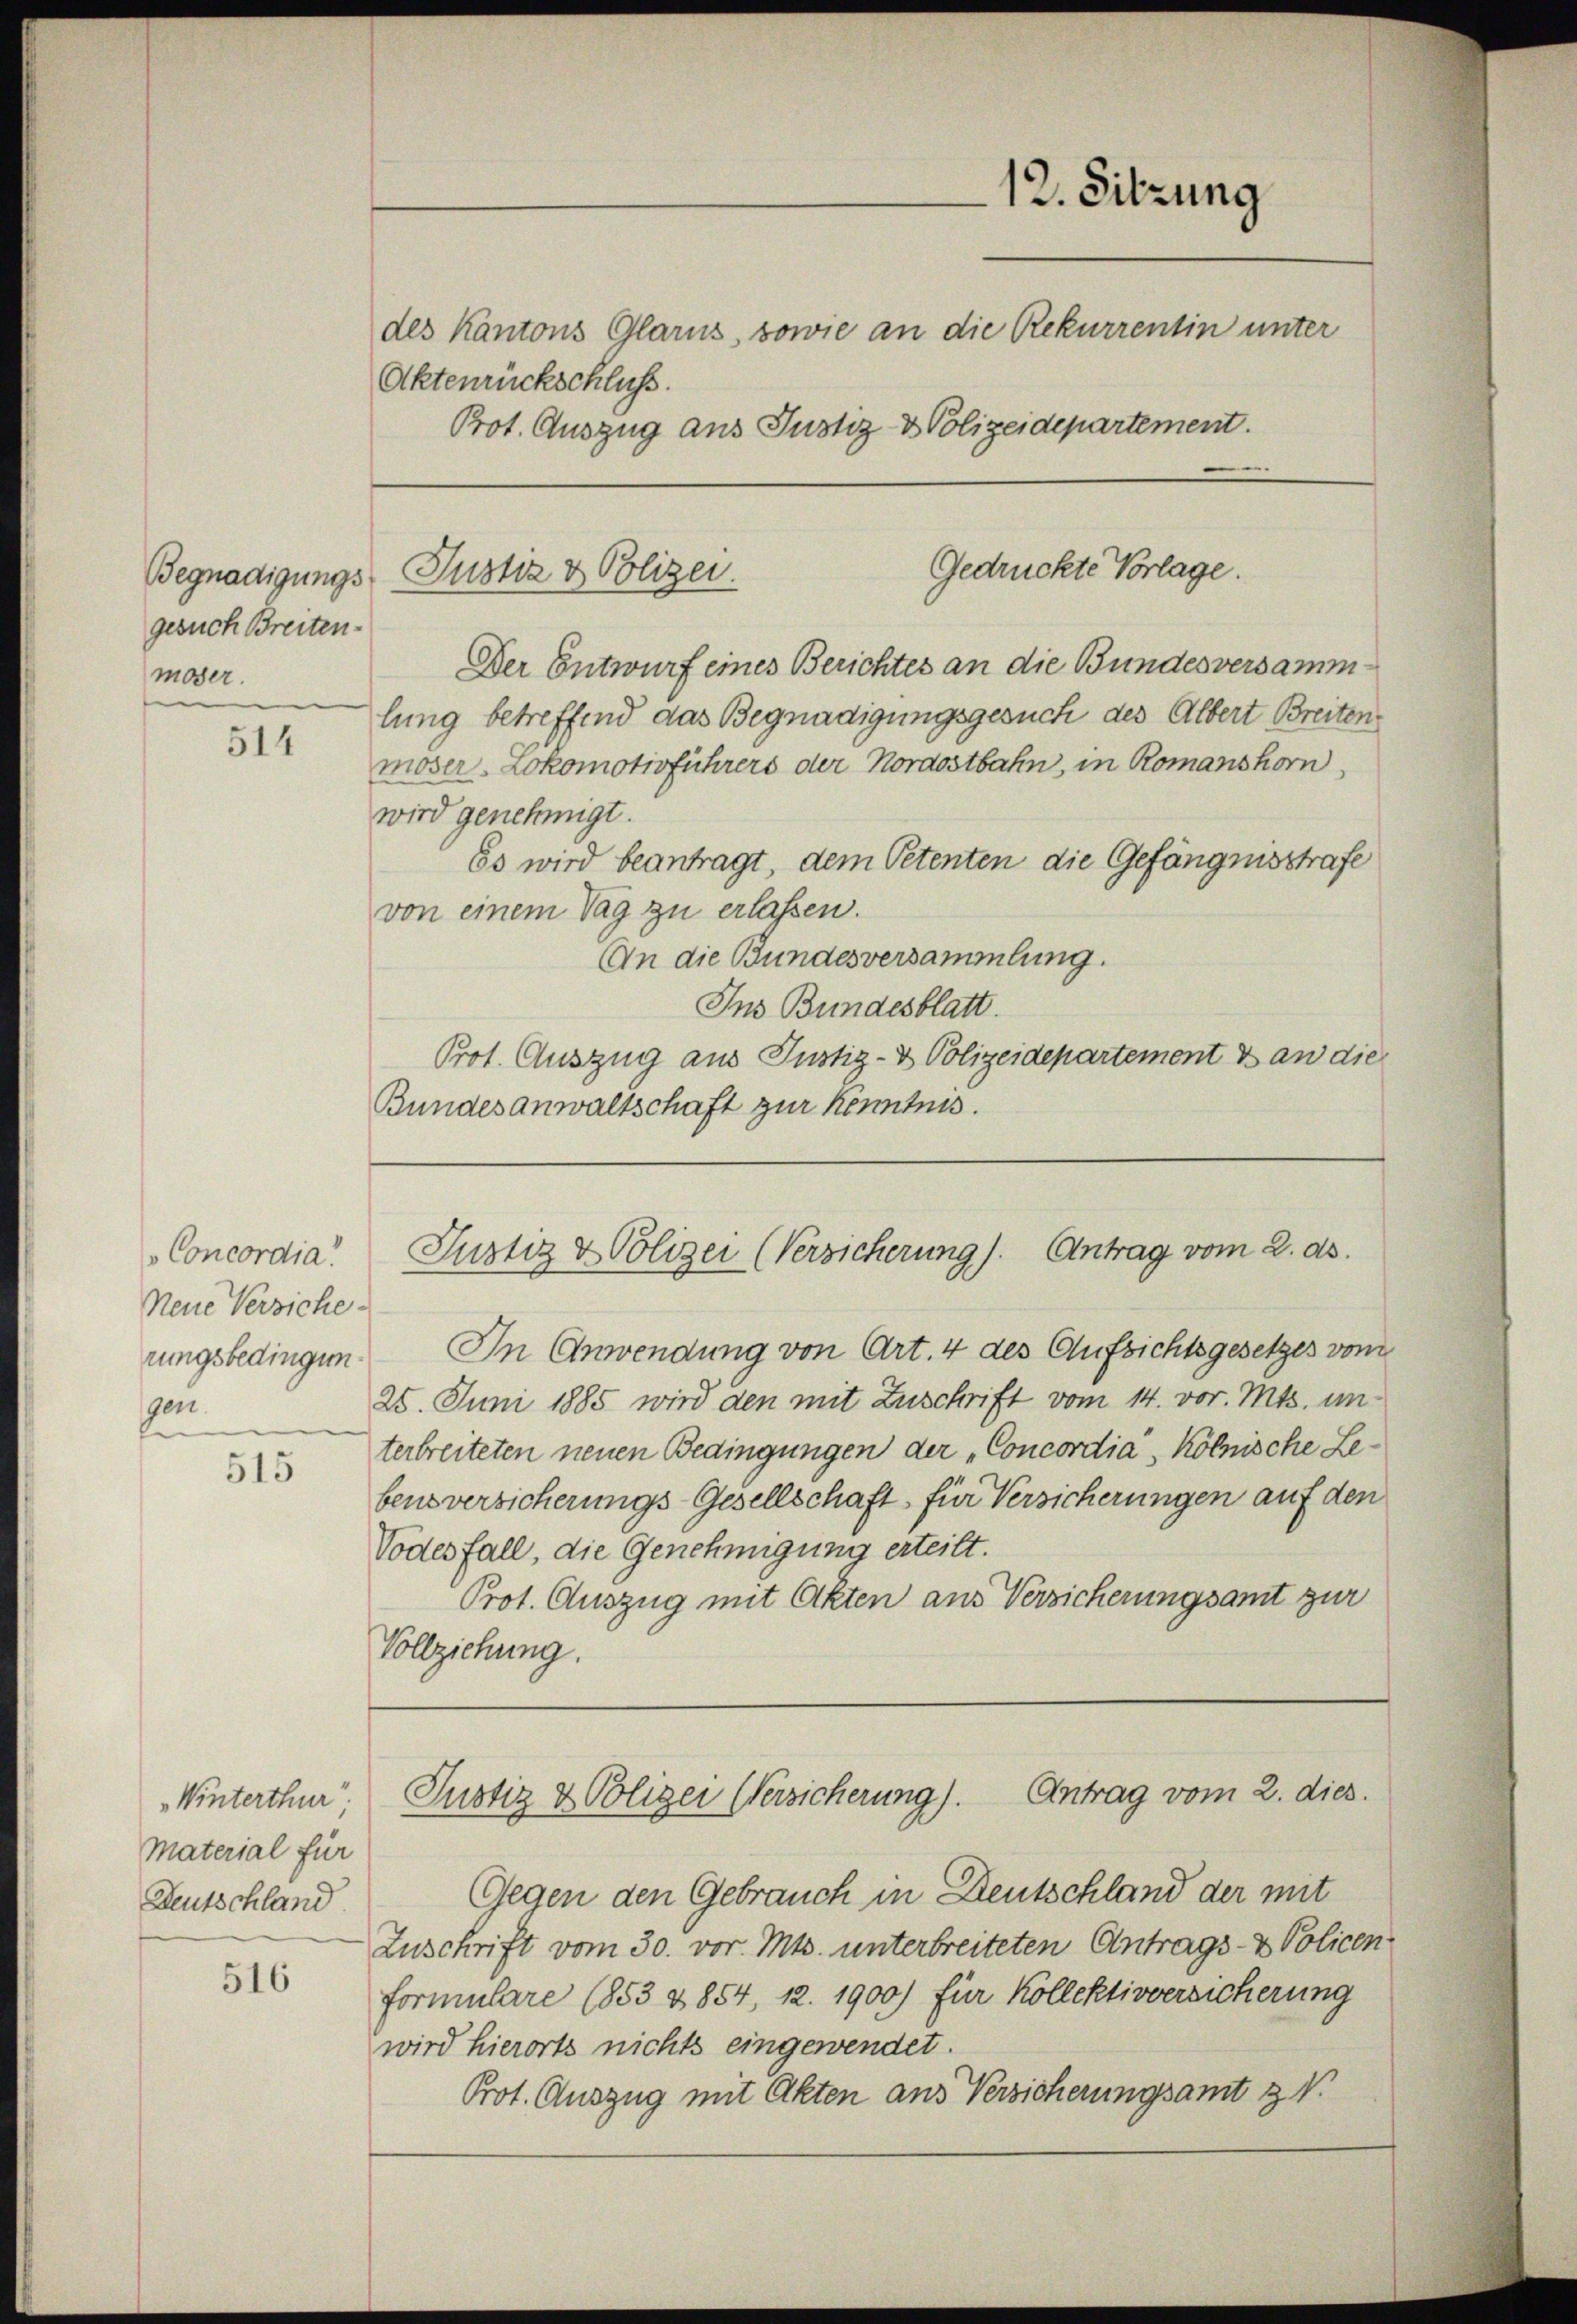
Begnadigungs
gesuch Breiten.
moser.

514

Concordia!
Neue Versiche
rungsbedingun¬
Gen.

515

Winterthur,
Material für
Deutschland

516

Aktenrückschluss.

Der Entwurf eines Berichtes an die Bundesversammlung betreffend das Begnadigungsgesuch des Albert Breitenmoser Lokomotivführers der Nordostbahn, in Romanshorn,
wird genehmigt.
Es wird beantragt, dem Petenten die Gefängnisstrafe
von einem Tag zu erlassen.
An die Bundesversammlung.
Ins Bundesblatt.
Prot. Auszug aus Justiz- & Polizeidepartement & an die
Bundesanwaltschaft zur Kenntnis.

In Anwendung von Art. 4 des Aufsichtsgesetzes vom
25. Juni 1885 wird den mit Zuschrift vom 14. vor. Mts. un-
terbreiteten neuen Bedingungen der „Concordia, Kölnische Lebens versicherungs-Gesellschaft für Versicherungen auf den
Vodesfall, die Genehmigung erteilt.
Prot. Auszug mit Akten aus Versicherungsamt zur
Vollziehung.

12. Sitzung
des Kantons Glarus, sowie an die Rekurrentin unter
Prot. Auszug aus Justiz- & Polizeidepartement.

Gedrückte Vorlage.
Justiz & Polizei.

Justiz & Polizei (Versicherung). Antrag vom 2. ds.

Justiz & Polizei Versicherung). Antrag vom 2. dies.

Gegen den Gebrauch in Deutschland der mit
Zuschrift vom 30. vor. Mts. unterbreiteten Antrags- & Policen
formulare (853 & 854, 12. 1900) für Kollektivversicherung
wird hierorts nichts eingewendet.
Prot. Auszug mit Akten aus Versicherungsamt z